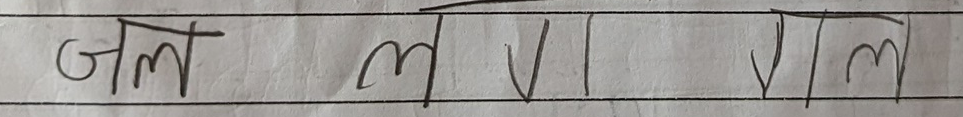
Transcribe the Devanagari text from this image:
जल १ १ गल